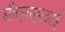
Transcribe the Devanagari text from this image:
सीएनएमआई